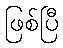
ဖြစ်ပြီ